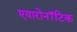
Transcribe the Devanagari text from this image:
एयारोनॉटिक